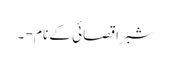
شبرا قصائی کے نام - ۔